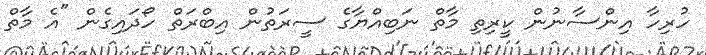
ހުރިހާ އިންސާނުން ކީރިތި މާތް ނަބިއްޔާގެ ސީރަތުން އިބްރަތް ހޯދައިގެން "އެ މާތް